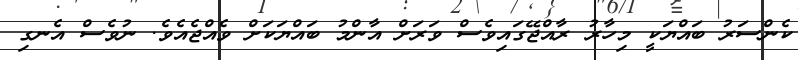
ކެންސަރު ބައްޔަކީ މިހާރު ރާއްޖޭގައިވެސް ވަރަށް އާންމު ބައްޔަކަށް ވެއްޖެއެވެ. ނުވެސް އެނގި